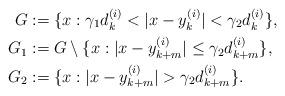
LaTeX: \begin{align*} G&:=\{x:\gamma_1d^{(i)}_k<|x-y_k^{(i)}|<\gamma_2d_k^{(i)}\},\\ G_1&:=G\setminus\{x:|x-y_{k+m}^{(i)}|\leq\gamma_2d_{k+m}^{(i)}\},\\ G_2&:=\{x:|x-y_{k+m}^{(i)}|>\gamma_2d_{k+m}^{(i)}\}.\end{align*}